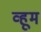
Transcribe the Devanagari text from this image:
व्हूम